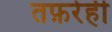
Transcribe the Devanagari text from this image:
तफ़रेही